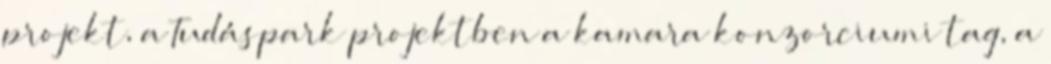
projekt, a Tudáspark projektben a kamara konzorciumi tag, a